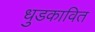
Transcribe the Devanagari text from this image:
धुडकावित